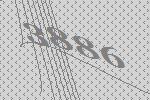
3886